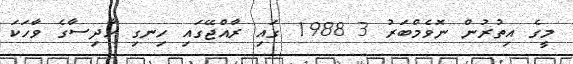
މީގެ އިތުރުން ނޮވެމްބަރު 3 1988 ގައި ރާއްޖޭގައި ހިނގި ހާދިސާގެ ވާހަކަ